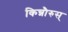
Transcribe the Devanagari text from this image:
किन्नौरुस्